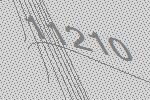
11210